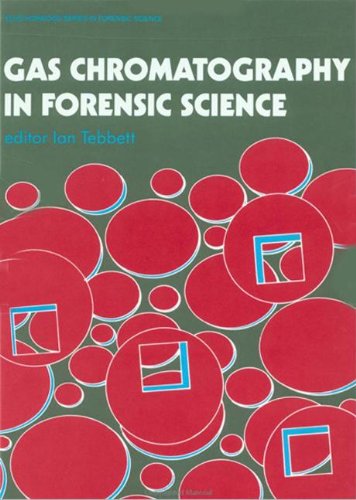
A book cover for Gas Chromatography In Forensic Science (Ellis Horwood Series in Computers and Their Applications); Science & Math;